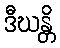
ဒီဃန္တိ